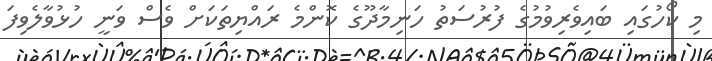
މި ކޯހުގައި ބައިވެރިވުމުގެ ފުރުސަތު ހަނިމާދޫގެ ކޮންމެ ރައްޔިތަކަށް ވެސް ވަނީ ހުޅުވާލެވިފަ